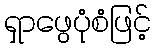
ရှာဖွေပုံစံဖြင့်